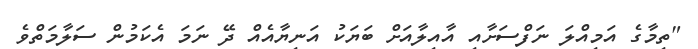
"ތިމާގެ އަމިއްލަ ނަފްސަށާއި އާއިލާއަށް ބަޔަކު އަނިޔާއެއް ދޭ ނަމަ އެކަމުން ސަލާމަތްވެ